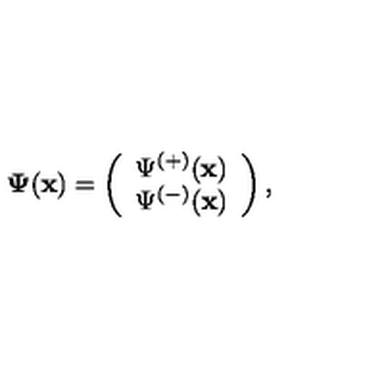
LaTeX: { \bf \Psi } ( { \bf x } ) = \left( \begin{array} { c } { \Psi ^ { ( + ) } ( { \bf x } ) } \\ { \Psi ^ { ( - ) } ( { \bf x } ) } \\ \end{array} \right) ,